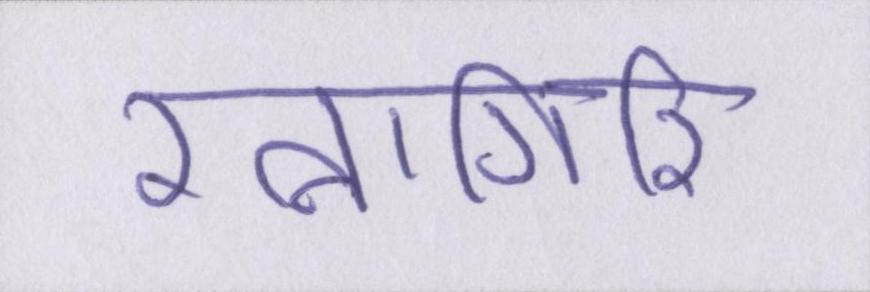
रत्नागिरि